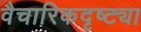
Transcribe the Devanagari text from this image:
वैचारिकदृष्‍ट्या